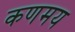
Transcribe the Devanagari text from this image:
कणमय